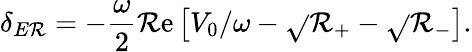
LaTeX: \delta_{E\mathcal{R}}=-\frac{{\omega}}{{2}}\mathrm{{\mathcal{R}e}}\left[V_{0}/\omega-\sqrt{}{{\mathcal{R}_{+}}}-\sqrt{}{{\mathcal{R}_{-}}}\right].